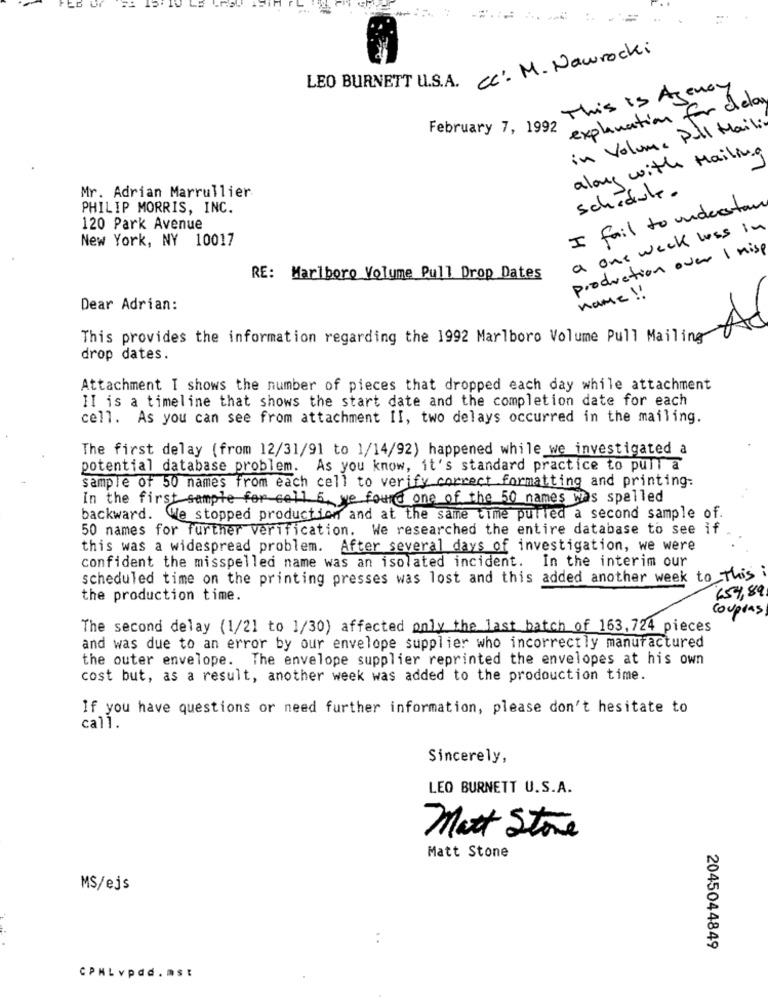
ED UI
LEO BURNETT U.S.A. cc. M. Nawrocki
This is Agency
explanation for delay
February 7, 1992
in Volume Pull Mail:
along with Mailing
schedule.
Mr. Adrian Marrullier
PHILIP MORRIS, INC.
I fail to underesta
120 Park Avenue
a one week loss in
New York, NY 10017
production over 1 misp
RE: Marlboro Volume Pull Drop Dates
name !
Dear Adrian:
This provides the information regarding the 1992 Marlboro Volume Pull Mailing
drop dates.
Attachment I shows the number of pieces that dropped each day while attachment
II is a timeline that shows the start date and the completion date for each
cell. As you can see from attachment II, two delays occurred in the mailing.
The first delay (from 12/31/91 to 1/14/92) happened while we investigated a
potential database problem. As you know, it's standard practice to pull a
sample of 50 names from each cell to verify correct formatting and printing:
In the first sample for cell 6, we found one of the 50 names was spelled
backward. We stopped production and at the same time pulled a second sample of.
50 names for further verification. We researched the entire database to see if
this was a widespread problem. After several days of investigation, we were
confident the misspelled name was an isolated incident. In the interim our
scheduled time on the printing presses was lost and this added another week to This i
the production time.
654,89
coupeas
The second delay (1/21 to 1/30) affected only the last batch of 163,724 pieces
and was due to an error by our envelope supplier who incorrectly manufactured
the outer envelope. The envelope supplier reprinted the envelopes at his own
cost but, as a result, another week was added to the prodouction time.
If you have questions or need further information, please don't hesitate to
call.
Sincerely,
LEO BURNETT U.S.A.
Matt Stone
Matt Stone
MS/ejs
:
2045044849
CPML vpdd. ms: